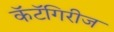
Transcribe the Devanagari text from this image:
कॅटॅगिरीज